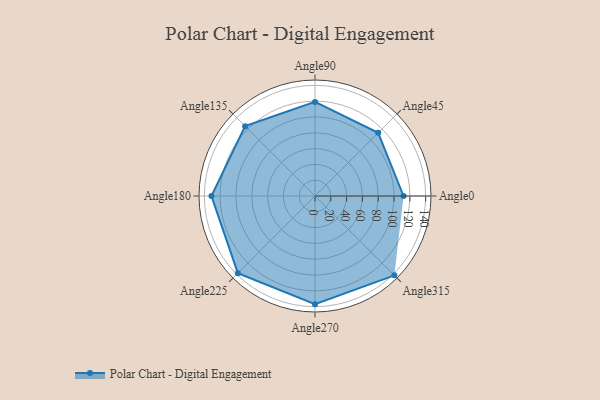
{"axis": {"x": "Angle", "y": "Radius"}, "legend": [""], "data": [{"x": "Angle0", "y": 112.0, "type": ""}, {"x": "Angle45", "y": 113.0, "type": ""}, {"x": "Angle90", "y": 119.0, "type": ""}, {"x": "Angle135", "y": 125.0, "type": ""}, {"x": "Angle180", "y": 131.0, "type": ""}, {"x": "Angle225", "y": 138.0, "type": ""}, {"x": "Angle270", "y": 137.0, "type": ""}, {"x": "Angle315", "y": 142.0, "type": ""}]}